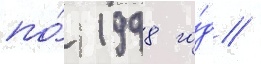
по́ 1998 го́д /